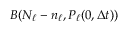
B ( N _ { \ell } - n _ { \ell } , P _ { \ell } ( 0 , \Delta t ) )